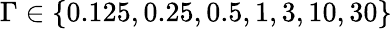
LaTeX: \Gamma\in\{ 0.125,0.25,0.5,1,3,10,30\}